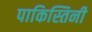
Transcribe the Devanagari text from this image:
पाकिस्तिनी